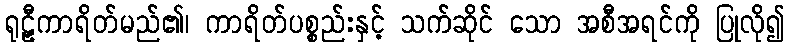
ရုဠှီကာရိတ်မည်၏၊ ကာရိတ်ပစ္စည်းနှင့် သက်ဆိုင် သော အစီအရင်ကို ပြုလို၍